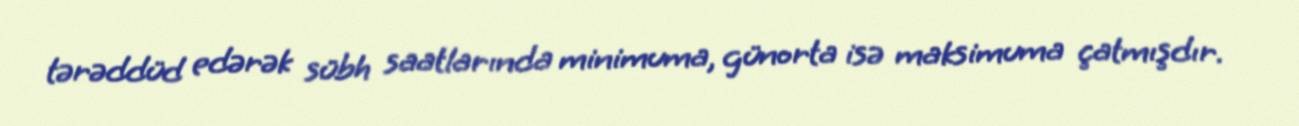
tərəddüd edərək sübh saatlarında minimuma, günorta isə maksimuma çatmışdır.